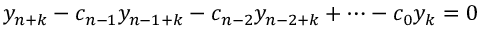
y _ { n + k } - c _ { n - 1 } y _ { n - 1 + k } - c _ { n - 2 } y _ { n - 2 + k } + \cdots - c _ { 0 } y _ { k } = 0